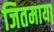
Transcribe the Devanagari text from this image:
जितमाया